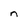
Character: n